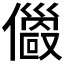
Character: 𠐄